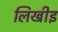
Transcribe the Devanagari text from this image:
लिखीइ